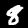
Digit: 8